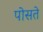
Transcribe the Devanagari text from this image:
पोसते